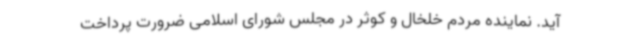
آید. نماینده مردم خلخال و کوثر در مجلس شورای اسلامی ضرورت پرداخت